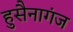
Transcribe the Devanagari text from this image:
हुसैनागंज